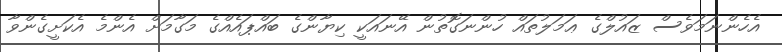
އެހެންނަމަވެސް ޒައުލްގެ ޢަމަލުތައް ހުންނަގޮތުން އޭނައަކީ ކިޔާންގެ ބައްޕައެއްގެ މަގާމަށް އެންމެ އެކަށީގެންވާ